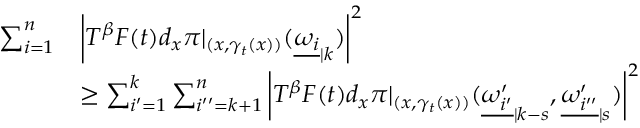
\begin{array} { r l } { \sum _ { i = 1 } ^ { n } } & { \left| T ^ { \beta } F ( t ) d _ { x } \pi | _ { ( x , \gamma _ { t } ( x ) ) } ( { \underline { { \omega _ { i } } } } _ { | k } ) \right| ^ { 2 } } \\ & { \geq \sum _ { i ^ { \prime } = 1 } ^ { k } \sum _ { i ^ { \prime \prime } = k + 1 } ^ { n } \left| T ^ { \beta } F ( t ) d _ { x } \pi | _ { ( x , \gamma _ { t } ( x ) ) } ( { \underline { { \omega _ { i ^ { \prime } } ^ { \prime } } } } _ { | k - s } , { \underline { { \omega _ { i ^ { \prime \prime } } ^ { \prime } } } } _ { | s } ) \right| ^ { 2 } } \end{array}